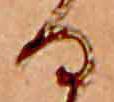
る